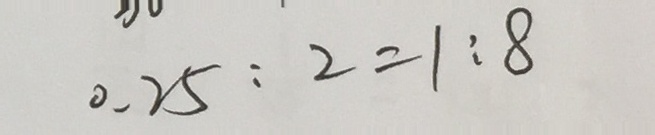
0 . 2 5 : 2 = 1 : 8